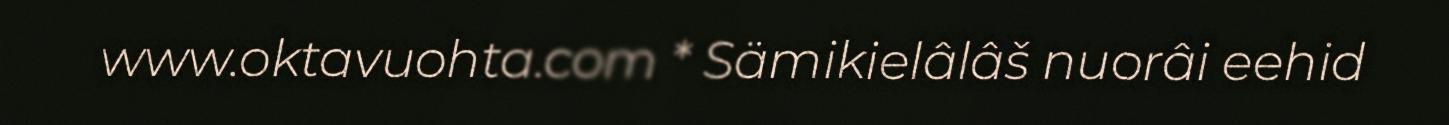
www.oktavuohta.com * Sämikielâlâš nuorâi eehid